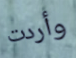
وأردت